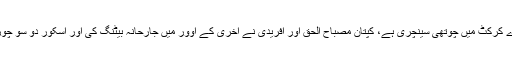
یہ شہزاد کی ون ڈے کرکٹ میں چوتھی سینچری ہے، کپتان مصباح الحق اور آفریدی نے آخری کے اوور میں جارحانہ بیٹنگ کی اور اسکور دو سو چوراسی تک پہنچا دیا۔